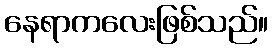
နေရာကလေးဖြစ်သည်။